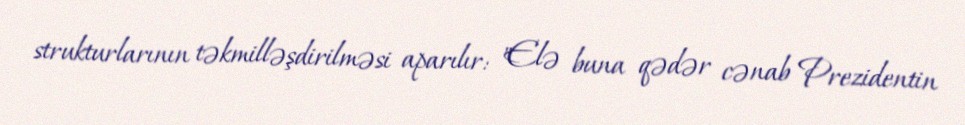
strukturlarının təkmilləşdirilməsi aparılır: "Elə buna qədər cənab Prezidentin